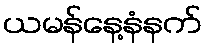
ယမန်နေ့နံနက်